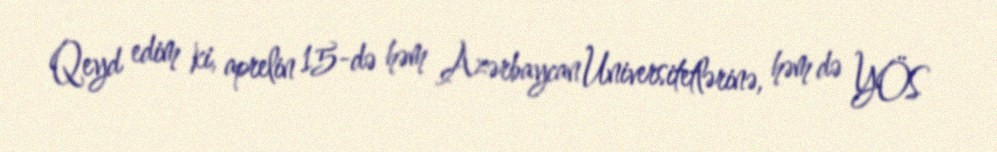
Qeyd edim ki, aprelin 15-də həm Azərbaycan Universitetlərinə, həm də YÖS